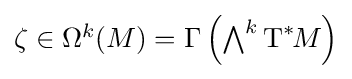
{\textstyle \zeta \in \Omega ^{k}(M)=\Gamma \left(\bigwedge ^{k}{\text{T}}^{*}\!M\right)}